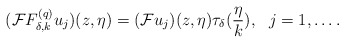
\begin{align*}(\mathcal{F}F^{(q)}_{\delta,k}u_j)(z,\eta)=(\mathcal{F}u_j)(z,\eta)\tau_\delta(\frac{\eta}{k}),\ \ j=1,\ldots.\end{align*}